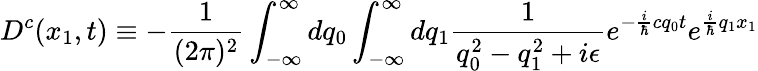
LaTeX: D^{c}(x_{1},t)\equiv-\frac{1}{(2\pi)^{2}}\int_{-\infty}^{\infty}dq_{0}\int_{-\infty}^{\infty}dq_{1}\frac{1}{q_{0}^{2}-q_{1}^{2}+i\epsilon}e^{-\frac{i}{\hbar}cq_{0}t}e^{\frac{i}{\hbar}q_{1}x_{1}}